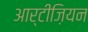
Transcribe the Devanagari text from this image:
आर्टीज़ियन